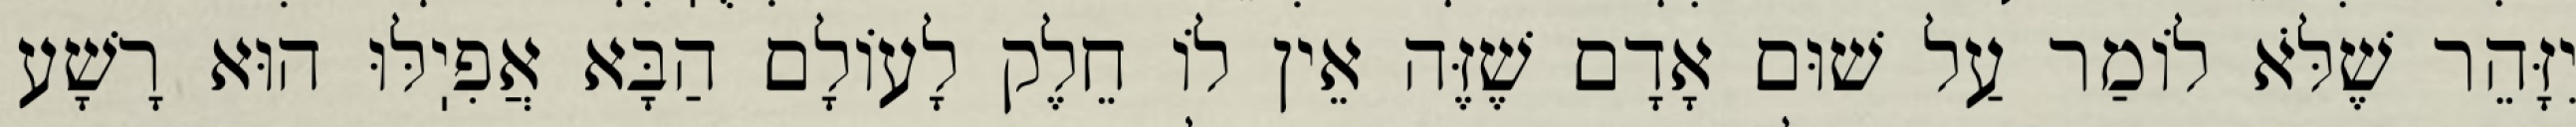
יִזָּהֵר שֶׁלֹּא לוֹמַר עַל שׁוּם אָדָם שֶׁזֶּה אֵין לוֹ חֵלֶק לָעוֹלָם הַבָּא אֲפִיֽלּוּ הוּא רָשָׁע